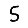
Digit: 5